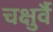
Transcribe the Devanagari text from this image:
चक्षुर्वै